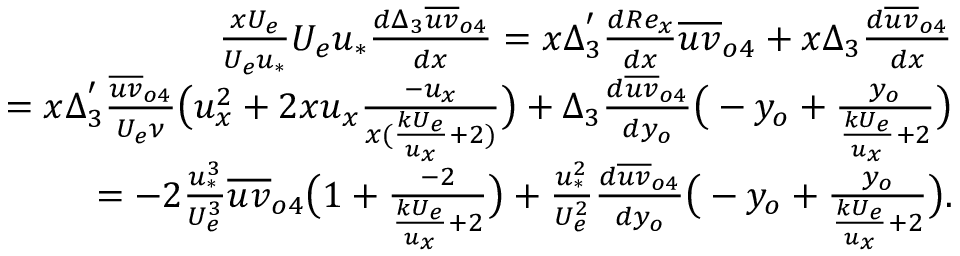
\begin{array} { r } { \frac { x U _ { e } } { U _ { e } u _ { * } } U _ { e } u _ { * } \frac { d \Delta _ { 3 } \overline { { u v } } _ { o 4 } } { d x } = x \Delta _ { 3 } ^ { ' } \frac { d R e _ { x } } { d x } \overline { { u v } } _ { o 4 } + x \Delta _ { 3 } \frac { d \overline { { u v } } _ { o 4 } } { d x } } \\ { = x \Delta _ { 3 } ^ { ' } \frac { \overline { { u v } } _ { o 4 } } { U _ { e } \nu } \big ( u _ { x } ^ { 2 } + 2 x u _ { x } \frac { - u _ { x } } { x ( \frac { k U _ { e } } { u _ { x } } + 2 ) } \big ) + \Delta _ { 3 } \frac { d \overline { { u v } } _ { o 4 } } { d y _ { o } } \big ( - y _ { o } + \frac { y _ { o } } { \frac { k U _ { e } } { u _ { x } } + 2 } \big ) } \\ { = - 2 \frac { u _ { * } ^ { 3 } } { U _ { e } ^ { 3 } } \overline { { u v } } _ { o 4 } \big ( 1 + \frac { - 2 } { \frac { k U _ { e } } { u _ { x } } + 2 } \big ) + \frac { u _ { * } ^ { 2 } } { U _ { e } ^ { 2 } } \frac { d \overline { { u v } } _ { o 4 } } { d y _ { o } } \big ( - y _ { o } + \frac { y _ { o } } { \frac { k U _ { e } } { u _ { x } } + 2 } \big ) . } \end{array}